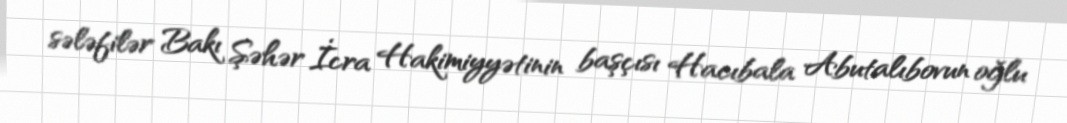
sələfilər Bakı Şəhər İcra Hakimiyyətinin başçısı Hacıbala Abutalıbovun oğlu